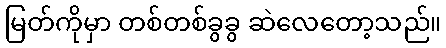
မြတ်ကိုမှာ တစ်တစ်ခွခွ ဆဲလေတော့သည်။